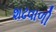
શઢવાળી